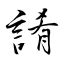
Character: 誵